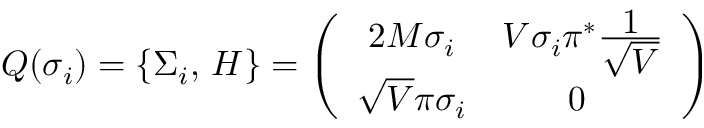
{ \cal Q } ( \sigma _ { i } ) = \{ \Sigma _ { i } , \, H \} = \left( \begin{array} { c c } { { 2 M \sigma _ { i } } } & { { V \sigma _ { i } \pi ^ { * } \frac { \textstyle 1 } { \textstyle \sqrt { V } } } } \\ { { \sqrt { V } \pi \sigma _ { i } } } & { { 0 ~ } } \end{array} \right)